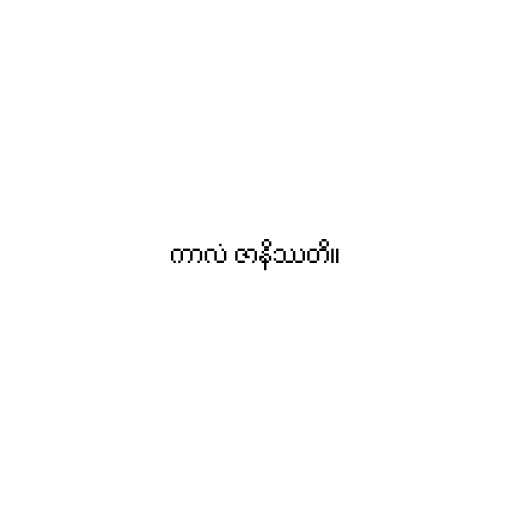
ကာလံ ဇာနိဿတိ။